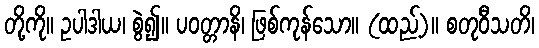
တို့ကို။ ဥပါဒါယ၊ စွဲ၍။ ပဝတ္တာနိ၊ ဖြစ်ကုန်သော။ (ထည့်)။ စတုဝီသတိ၊